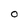
Character: 0